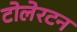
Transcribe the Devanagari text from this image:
टोलेरटन